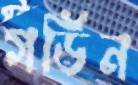
গর্ডিন